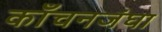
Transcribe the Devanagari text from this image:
काँचनजंघा